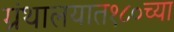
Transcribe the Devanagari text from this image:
ग्रंथालयात१८०च्या